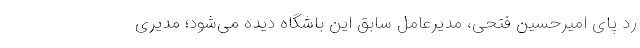
رد پای امیرحسین فتحی، مدیرعامل سابق این باشگاه دیده می‌شود؛ مدیری